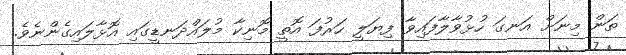
ތަން މިނަށް އަނގަ ހުޅުވާލާފައިވާ ފިޔަލީ ހަރުފަ އޮތީ މޮނިކާ މުލައްދަނޑީގައި އޮޅާލައިގެންނެވެ.